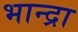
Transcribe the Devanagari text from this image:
भान्द्रा